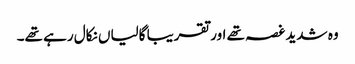
وہ شدید غصہ تھے اور تقریبا گالیاں نکال رہے تھے۔